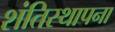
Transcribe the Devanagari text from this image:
शंतिस्थापना